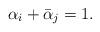
LaTeX: \begin{align*}\alpha_i+\bar{\alpha}_j=1.\end{align*}